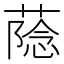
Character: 𮐶